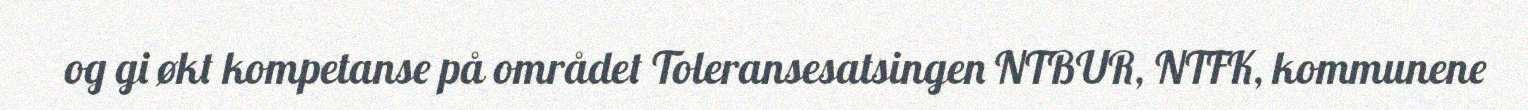
og gi økt kompetanse på området Toleransesatsingen NTBUR, NTFK, kommunene